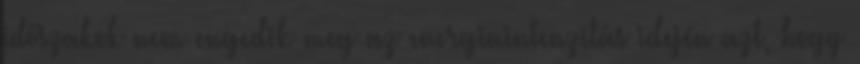
időszakok nem engedik meg az energiaintenzitás idején azt, hogy